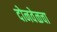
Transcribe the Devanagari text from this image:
दोनवेळचा